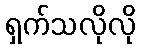
ရှက်သလိုလို